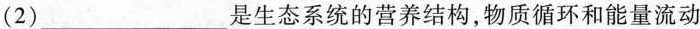
(2)___是生态系统的营养结构，物质循环和能量流动